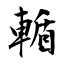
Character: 輴